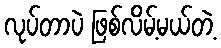
လုပ်တာပဲ ဖြစ်လိမ့်မယ်တဲ့